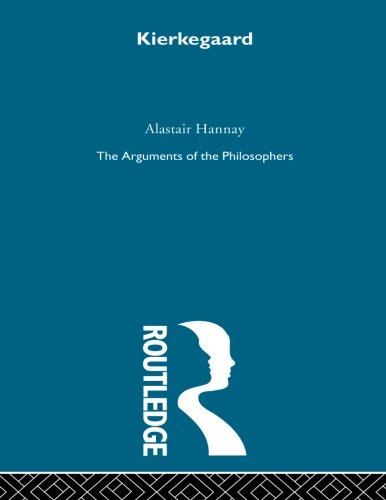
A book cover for Kierkegaard - Arg Philosophers (Arguments of the Philosophers); Hannay; Biographies & Memoirs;